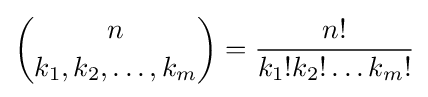
{n \choose k_{1},k_{2},\ldots ,k_{m}}={\frac {n!}{k_{1}!k_{2}!\dots k_{m}!}}